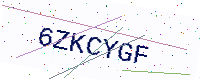
Text: 6ZKCYGF